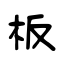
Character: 板